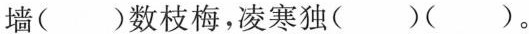
墙( )数枝梅，凌寒独( )( )。